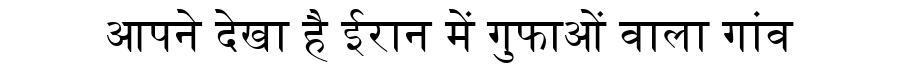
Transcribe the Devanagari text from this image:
आपने देखा है ईरान में गुफाओं वाला गांव